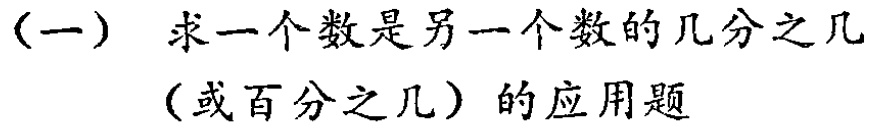
(一) 求一个数是另一个数的几分之几

（或百分之几）的应用题